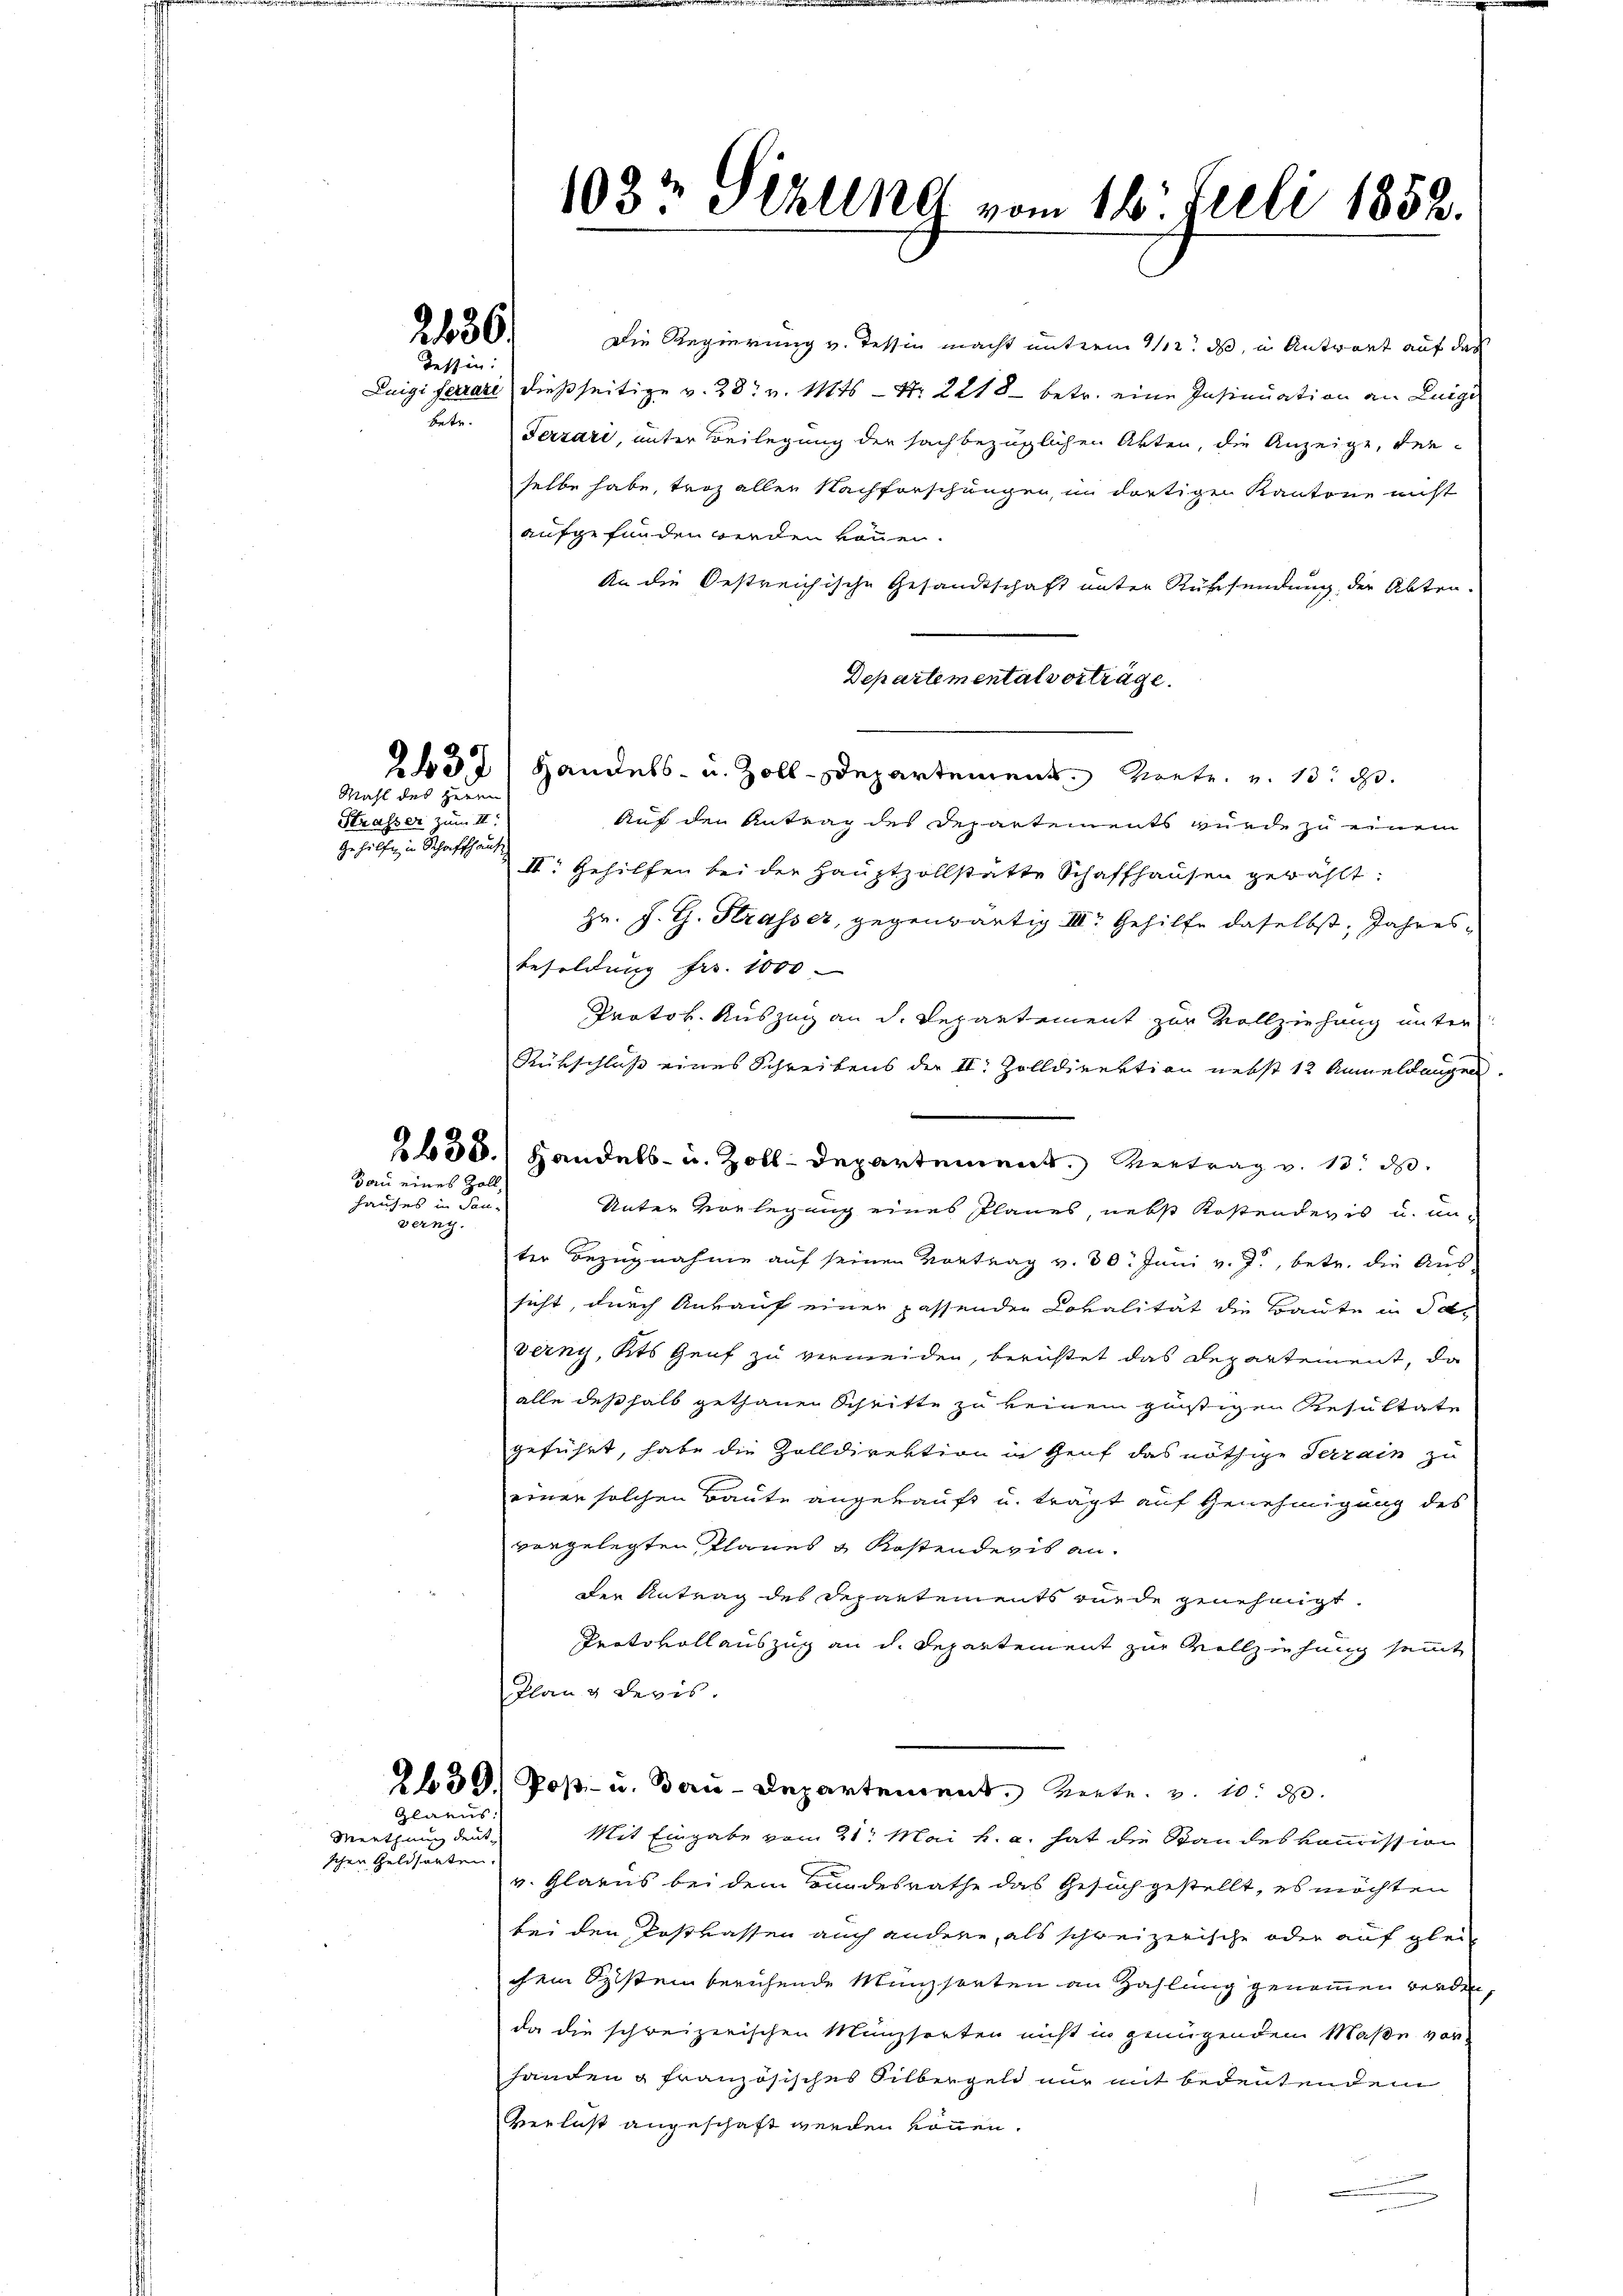
2486.
Tessin:

hete.

Wahl des Herrn
Strasser zum II.
gehülfe in Schaffhause

Bau eines Zoll,

hauses in Bau-
verny.

Glarus
Menthung deut-
schen Geldsarten.

Die Regierung v. Tessin macht unterm 1/12. ds, in Antwort auf das
Luigi ferrare dießseitige v. 28. v. Mts. — Nr. 2218 betr. eine Insinuation an Luigi
Terzari, unter Beilegung der sachbezüglichen Akten, die Anzeige, derselbe habe, troz allen Nachforschungen, in dortigen Kantone nicht
aufgefunden werden können.
An die Oestreichische Gesandtschaft unter Rührsendung der Abtra-
Departemental vorträge.
21371 Handels- u. Zoll-Departement Monte u. 13. d.
Auf den Antrag des Departements wurde zu einem
III. Gehilfen bei der Hauptzollstatte Schaffhausen gewählt:
Hr. J. G. Strasser, gegenwärtig III. Gehilfe daselbst, Jahres¬
Besoldung fr. 1000
Protok. Auszug an d. Departement zur Vollziehung unter
Rükschluss eines Schreibens der II. Zolldirektion nebst 12 Anmeldungen.
2658.) Handels- u. Zoll-Departement. Vertrag v. 13. d.
Unter Vorlegung eines Planes, nebst Kostenderis u. anter Bezugnahme auf seinen Vortrag v. 30. Juni v. J., betr. die Aus-
sicht, durch Ankauf einer passenden Coralität die Baute in Javerny, Kts Genf zu vermeiden, berichtet das Departement, da
alle deßhalb gethanen Schritte zu keinem günstigen Resultate
geführt, habe die Zolldirektion in Genf das nöthige Terrain zu
einer solchen Baute angekauft u. trägt auf Genehmigung des
vorgelegten Planes & Kostendevis ander Antrag des Departements wurde genehmigt.
Protokoll auszug an d. Departement zur Vollziehung sammt
Plan & Revis.
2f 50. Post- u. Bau-Departement. Werte. v. 10. d.
Mit Eingabe vom 21t Mai h. a. hat die Standes kommission
v. Glarus bei dem Bundesrathe das Gesuch gestellt, es möchten
bei den Postkassen auch andere, als schweizerische oder auf glei
chem System beruhende Münzsorten an Zahlung genommen werden,
da die schweizerischen Münzsorten nicht in genügendem Maße vor
handen u französisches Silbergeld nur mit bedeutendem
Verlust angeschaft werden können.

1033 Schling vom 16. Juli 1852.